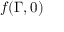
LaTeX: f ( \Gamma , 0 )